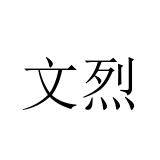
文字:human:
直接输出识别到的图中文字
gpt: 文烈